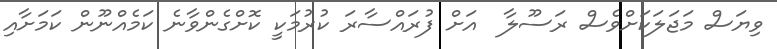
ވިޔަސް މަޖަލަކަށްވެސް ރަސޫލާ  އަށް ފުރައްސާރަ ކުރުމަކީ ކޮށްގެންވާނެ ކަމެއްނޫން ކަމަށާއި